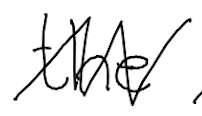
Text: the
Cross-out: zig-zag
Writing tool: digital_black